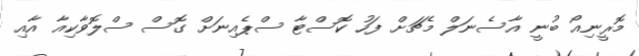
މޮރީނިއޯ ބުނީ އާސެނަލް މެޗަށް ފަހު ކޮސްޓާ ސްޕެއިނަށް ގޮސް ސްލޮވާކިއާ އާއި